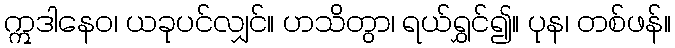
ဣဒါနေဝ၊ ယခုပင်လျှင်။ ဟသိတွာ၊ ရယ်ရွှင်၍။ ပုန၊ တစ်ဖန်။